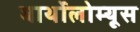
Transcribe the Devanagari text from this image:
बार्थोलोम्यूस